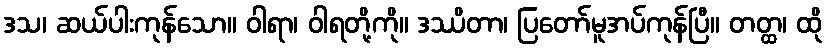
ဒသ၊ ဆယ်ပါးကုန်သော။ ဝါရာ၊ ဝါရတို့ကို။ ဒဿိတာ၊ ပြတော်မူအပ်ကုန်ပြီ။ တတ္ထ၊ ထို